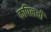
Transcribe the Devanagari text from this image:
कपिलची